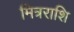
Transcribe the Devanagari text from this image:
मित्रराशि